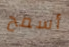
أسمح